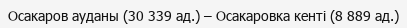
Осакаров ауданы (30 339 ад.) – Осакаровка кенті (8 889 ад.)